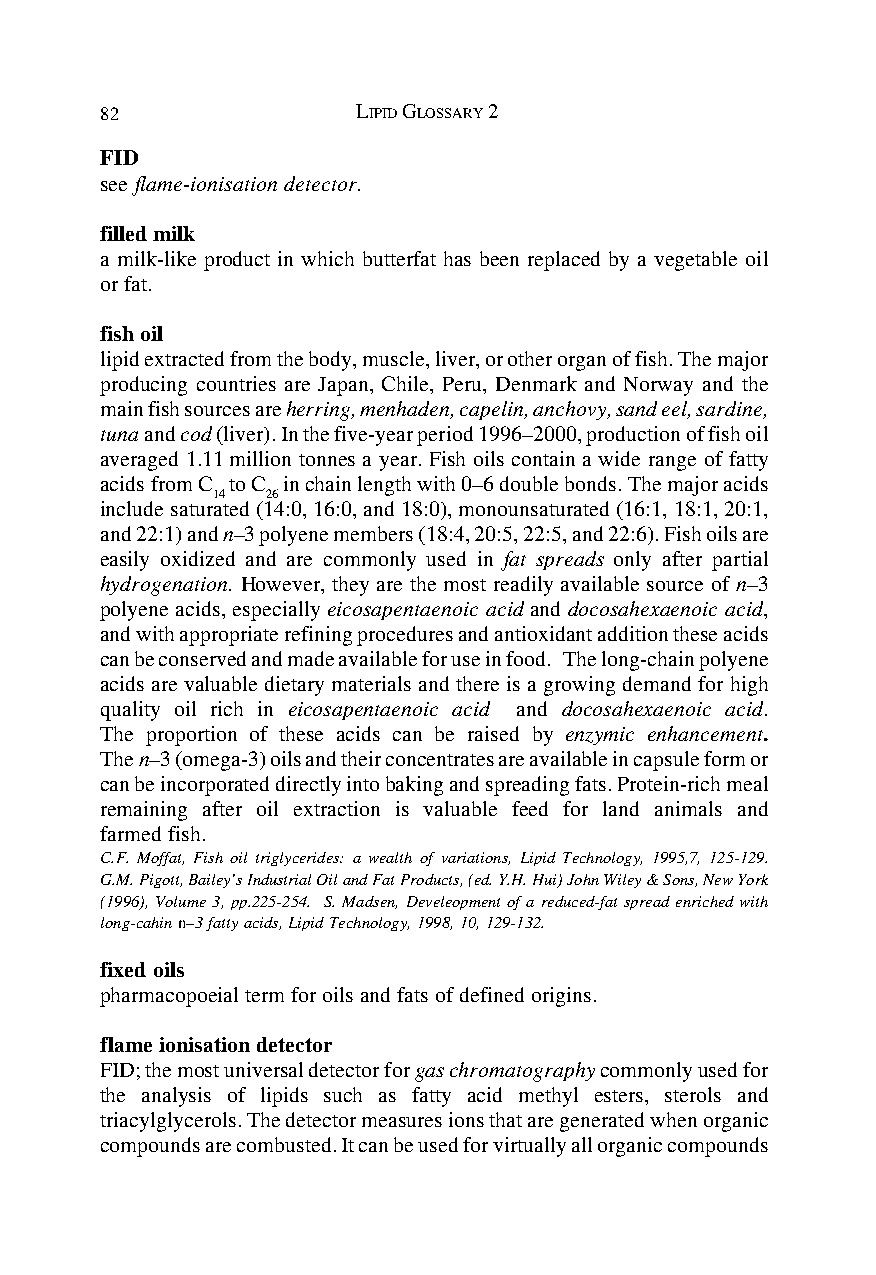
82               LIPID GLOSSARY 2
 FID
 see flame-ionisation detector.
 filled milk
 a milk-like product in which butterfat has been replaced by a vegetable oil
 or fat.
 fish oil
 lipid extracted from the body, muscle, liver, or other organ of fish. The major
 producing countries are Japan, Chile, Peru, Denmark and Norway and the
 main fish sources are herring, menhaden, capelin, anchovy, sand eel, sardine,
 tuna and cod (liver). In the five-year period 1996–2000, production of fish oil
 averaged 1.11 million tonnes a year. Fish oils contain a wide range of fatty
 acids from C to C in chain length with 0–6 double bonds. The major acids
 14  26
 include saturated (14:0, 16:0, and 18:0), monounsaturated (16:1, 18:1, 20:1,
 and 22:1) and n–3 polyene members (18:4, 20:5, 22:5, and 22:6). Fish oils are
 easily oxidized and are commonly used in fat spreads only after partial
 hydrogenation. However, they are the most readily available source of n–3
 polyene acids, especially eicosapentaenoic acid and docosahexaenoic acid,
 and with appropriate refining procedures and antioxidant addition these acids
 can be conserved and made available for use in food. The long-chain polyene
 acids are valuable dietary materials and there is a growing demand for high
 quality oil rich in eicosapentaenoic acid and docosahexaenoic acid.
 The proportion of these acids can be raised by enzymic enhancement.
 The n–3 (omega-3) oils and their concentrates are available in capsule form or
 can be incorporated directly into baking and spreading fats. Protein-rich meal
 remaining after oil extraction is valuable feed for land animals and
 farmed fish.
 C.F. Moffat, Fish oil triglycerides: a wealth of variations, Lipid Technology, 1995,7, 125-129.
 G.M. Pigott, Bailey’s Industrial Oil and Fat Products, (ed. Y.H. Hui) John Wiley & Sons, New York
 (1996), Volume 3, pp.225-254. S. Madsen, Develeopment of a reduced-fat spread enriched with
 long-cahin n–3 fatty acids, Lipid Technology, 1998, 10, 129-132.
 fixed oils
 pharmacopoeial term for oils and fats of defined origins.
 flame ionisation detector
 FID; the most universal detector for gas chromatography commonly used for
 the analysis of lipids such as fatty acid methyl esters, sterols and
 triacylglycerols. The detector measures ions that are generated when organic
 compounds are combusted. It can be used for virtually all organic compounds